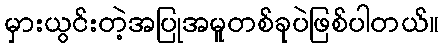
မှားယွင်းတဲ့အပြုအမူတစ်ခုပဲဖြစ်ပါတယ်။